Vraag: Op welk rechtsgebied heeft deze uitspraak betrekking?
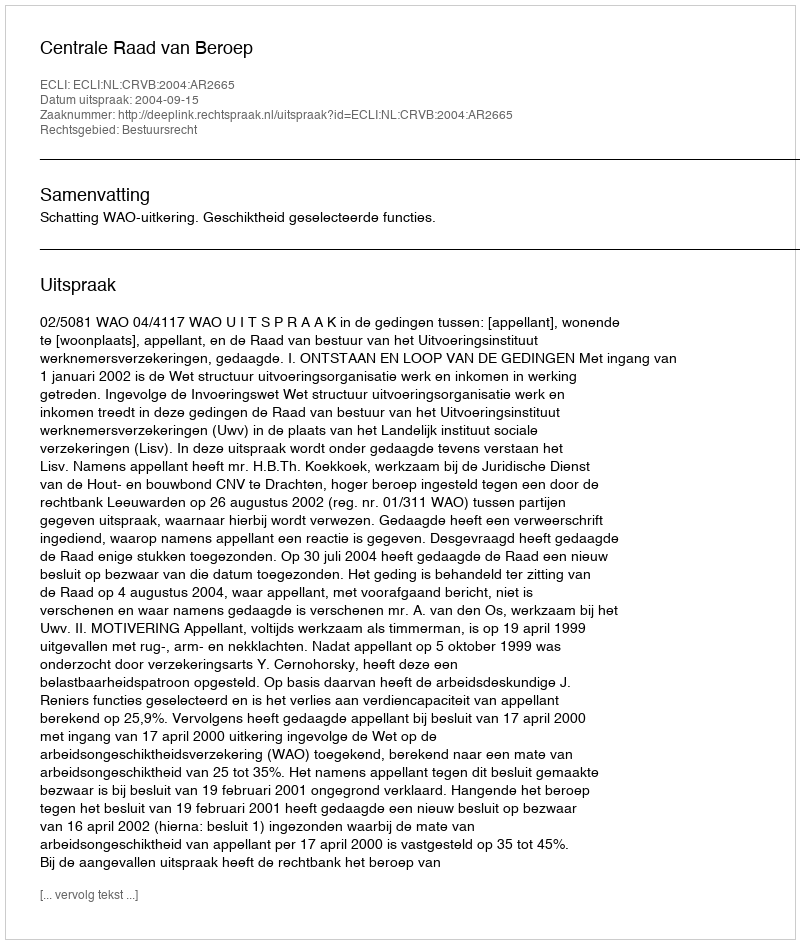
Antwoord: Bestuursrecht